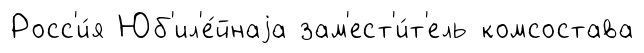
Росс'и́я Юб'ил'е́йнаjа зам'ест'и́т'ель комсостава